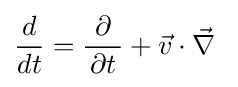
{\frac {d}{dt}}={\frac {\partial }{\,\partial t\,}}+{\vec {v}}\cdot {\vec {\nabla }}~